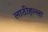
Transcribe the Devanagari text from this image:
लाठीहल्ला